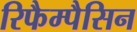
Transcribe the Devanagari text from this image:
रिफैम्पैसिन